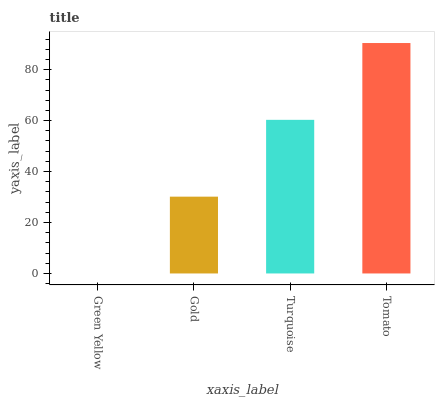
| xaxis_label | bars |
 | --- | --- |
 | Green Yellow | 0 |
 | Gold | 30.1 |
 | Turquoise | 60.3 |
 | Tomato | 90.4 |